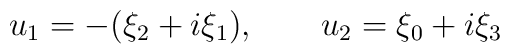
u_{1} = -(\xi_{2} +i \xi_{1}),~~~~~~u_{2}=\xi_{0}+i\xi_{3}